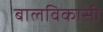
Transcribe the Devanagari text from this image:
बालविकासी